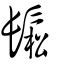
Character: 鬆